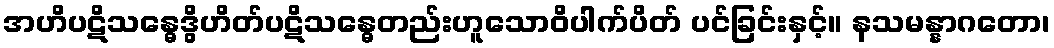
အဟိပဋိသန္ဓေဒွိဟိတ်ပဋိသန္ဓေတည်းဟူသောဝိပါက်ပိတ် ပင်ခြင်းနှင့်။ နသမန္နာဂတော၊